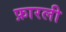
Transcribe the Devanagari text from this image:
फ़ारली